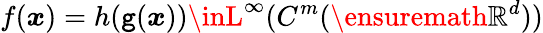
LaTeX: f(\boldsymbol{x})=h(\boldsymbol{\mathtt{g}}(\boldsymbol{x}))\inL^{\infty}(C^{m}(\ensuremath{{\mathbb{{R}}}}^{d}))